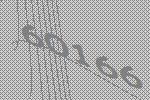
60166